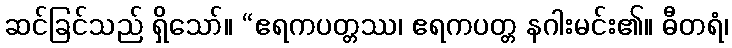
ဆင်ခြင်သည် ရှိသော်။ “ဧရကပတ္တဿ၊ ဧရကပတ္တ နဂါးမင်း၏။ ဓီတရံ၊